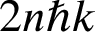
2 n \hbar k